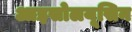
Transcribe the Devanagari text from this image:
आइसोलयूसिन